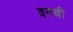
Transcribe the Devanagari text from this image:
वनची